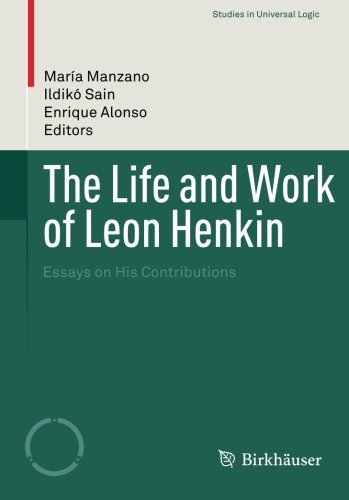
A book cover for The Life and Work of Leon Henkin: Essays on His Contributions (Studies in Universal Logic); Computers & Technology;